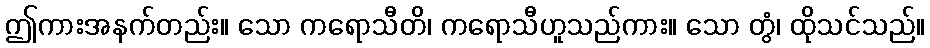
ဤကားအနက်တည်း။ သော ကရောသီတိ၊ ကရောသီဟူသည်ကား။ သော တွံ၊ ထိုသင်သည်။